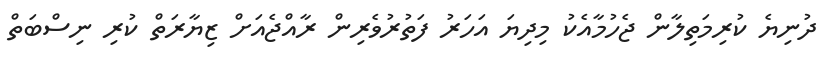
ދުނިޔެ ކުރިމަތިލާން ޖެހުމާއެކު މިދިޔަ އަހަަރު ފަތުރުވެރިން ރާއްޖެއަށް ޒިޔާރަތް ކުރި ނިސްބަތް